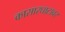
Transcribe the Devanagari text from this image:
कासारघाटावर